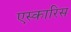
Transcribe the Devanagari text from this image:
एस्कारिस